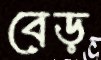
বেড়